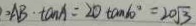
= A B \cdot \tan A = 2 0 \tan 6 0 ^ { \circ } = 2 0 \sqrt { 3 }